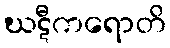
ဃဋီကရောတိ